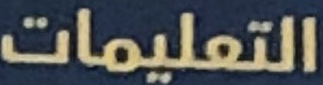
التعليمات